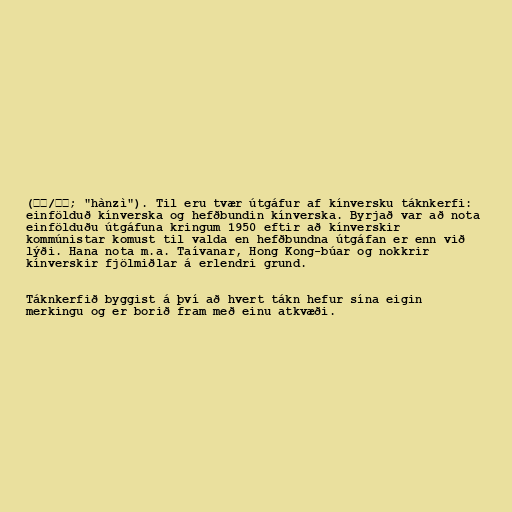
(汉字/漢字; "hànzì"). Til eru tvær útgáfur af kínversku táknkerfi:
einfölduð kínverska og hefðbundin kínverska. Byrjað var að nota
einfölduðu útgáfuna kringum 1950 eftir að kínverskir
kommúnistar komust til valda en hefðbundna útgáfan er enn við
lýði. Hana nota m.a. Taívanar, Hong Kong-búar og nokkrir
kínverskir fjölmiðlar á erlendri grund.

Táknkerfið byggist á því að hvert tákn hefur sína eigin
merkingu og er borið fram með einu atkvæði.